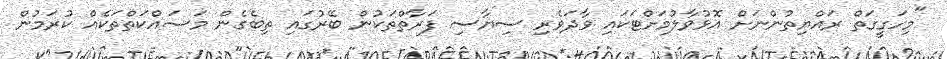
"މިހަގީގަތް ރައްޔިތުންނަށް އޮޅުވާލުމަށްޓަކައި ވާދަވެރި ސިޔާސި ފަރާތްތަކުން ބޭރުގައި ތިބެގެން މަސައްކަތްތަކެއް ކުރަމުން